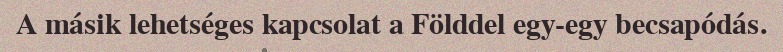
A másik lehetséges kapcsolat a Földdel egy-egy becsapódás.